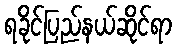
ရခိုင်ပြည်နယ်ဆိုင်ရာ